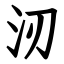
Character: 㲽